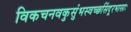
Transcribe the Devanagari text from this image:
विकचनवकुसुंभस्वच्छसिंदूरभासाः